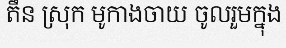
តឹន ស្រុក មូកាងចាយ ចូលរួមក្នុង